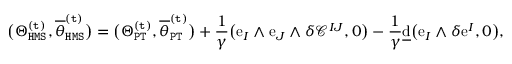
\big ( \Theta _ { \mathtt { H M S } } ^ { \mathtt { ( t ) } } , \overline { { \theta } } _ { \mathtt { H M S } } ^ { \mathtt { ( t ) } } \big ) = \big ( \Theta _ { \mathtt { P T } } ^ { \mathtt { ( t ) } } , \overline { { \theta } } _ { \mathtt { P T } } ^ { \mathtt { ( t ) } } \big ) + \frac { 1 } { \gamma } \big ( \mathrm { e } _ { I } \wedge \mathrm { e } _ { J } \wedge \delta \mathcal { C } ^ { I J } , 0 \big ) - \frac { 1 } { \gamma } \underline { { \mathrm { d } } } \big ( \mathrm { e } _ { I } \wedge \delta \mathrm { e } ^ { I } , 0 \big ) ,